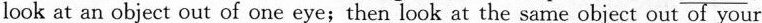
look at an object out of one eye;then look at the same object out of your